Civil Veterinary Department ledger series I-VI
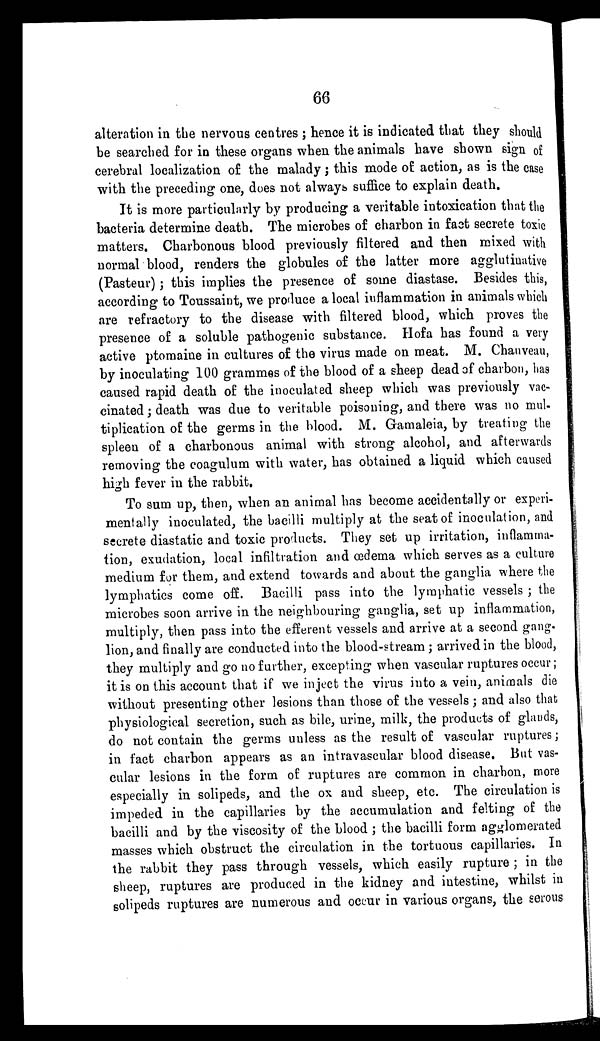
66
alteration in the nervous centres ; hence it is indicated that they should
be searched for in these organs when the animals have shown sign of
cerebral localization of the malady; this mode of action, as is the case
with the preceding one, does not always suffice to explain death.
It is more particularly by producing a veritable intoxication that the
bacteria determine death. The microbes of charbon in fact secrete toxic
matters. Charbonous blood previously filtered and then mixed with
normal blood, renders the globules of the latter more agglutinative
(Pasteur) ; this implies the presence of some diastase. Besides this,
according to Toussaint, we produce a local inflammation in animals which
are refractory to the disease with filtered blood, which proves the
presence of a soluble pathogenic substance. Hofa has found a very
active ptomaine in cultures of the virus made on meat. M. Chauveau,
by inoculating 100 grammes of the blood of a sheep dead of charbon, has
caused rapid death of the inoculated sheep which was previously vac-
cinated ; death was due to veritable poisoning, and there was no mul-
tiplication of the germs in the blood. M. Gamaleia, by treating the
spleen of a charbonous animal with strong alcohol, and afterwards
removing the coagulum with water, has obtained a liquid which caused
high fever in the rabbit.
To sum up, then, when an animal has become accidentally or experi-
mentally inoculated, the bacilli multiply at the seat of inoculation, and
secrete diastatic and toxic products. They set up irritation, inflamma-
tion, exudation, local infiltration and œdema which serves as a culture
medium for them, and extend towards and about the ganglia where the
lymphatics come off. Bacilli pass into the lymphatic vessels ; the
microbes soon arrive in the neighbouring ganglia, set up inflammation,
multiply, then pass into the efferent vessels and arrive at a second gang.
lion, and finally are conducted into the blood-stream ; arrived in the blood,
they multiply and go no further, excepting when vascular ruptures occur;
it is on this account that if we inject the virus into a vein, animals die
without presenting other lesions than those of the vessels; and also that
physiological secretion, such as bile, urine, milk, the products of glands,
do not contain the germs unless as the result of vascular ruptures;
in fact charbon appears as an intravascular blood disease. But vas-
cular lesions in the form of ruptures are common in charbon, more
especially in solipeds, and the ox and sheep, etc. The circulation is
impeded in the capillaries by the accumulation and felting of the
bacilli and by the viscosity of the blood ; the bacilli form agglomerated
masses which obstruct the circulation in the tortuous capillaries. In
the rabbit they pass through vessels, which easily rupture ; in the
sheep, ruptures are produced in the kidney and intestine, whilst in
solipeds ruptures are numerous and occur in various organs, the serous